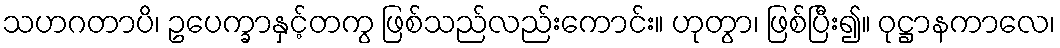
သဟဂတာပိ၊ ဥပေက္ခာနှင့်တကွ ဖြစ်သည်လည်းကောင်း။ ဟုတွာ၊ ဖြစ်ပြီး၍။ ဝုဋ္ဌာနကာလေ၊